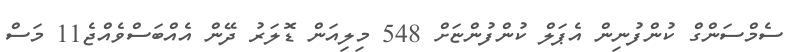
ސެމްސަންގް ކުންފުނިން އެޕަލް ކުންފުންޏަށް 548 މިލިއަން ޑޮލަރު ދޭން އެއްބަސްވެއްޖެ11 މަސް